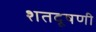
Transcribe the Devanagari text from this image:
शतदूषणी